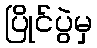
ပြိုင်ပွဲမှ